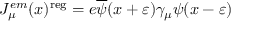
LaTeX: J _ { \mu } ^ { e m } ( x ) ^ { \mathrm { r e g } } = e \overline { { { \psi } } } ( x + \varepsilon ) \gamma _ { \mu } \psi ( x - \varepsilon )